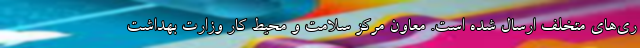
ری‌های متخلف ارسال شده است. معاون مرکز سلامت و محیط کار وزارت بهداشت